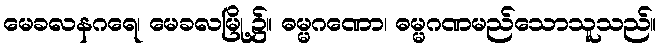
မေခလနဂရေ၊ မေခလမြို့၌။ ဓမ္မဂဏော၊ ဓမ္မဂဏမည်သောသူသည်။